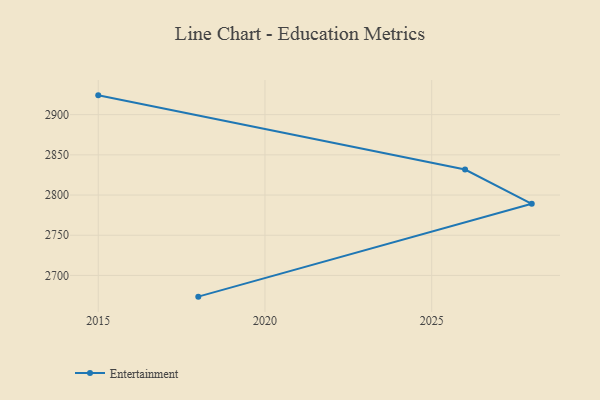
{"axis": {"x": "Year", "y": "Website Visitors"}, "legend": ["Entertainment"], "data": [{"x": "2015", "y": 2924.0, "type": "Entertainment"}, {"x": "2026", "y": 2831.7, "type": "Entertainment"}, {"x": "2028", "y": 2789.1, "type": "Entertainment"}, {"x": "2018", "y": 2673.6, "type": "Entertainment"}]}